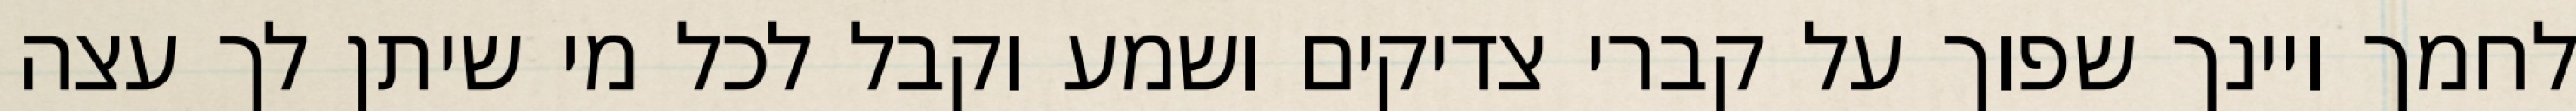
לחמך ויינך שפוך על קברי צדיקים ושמע וקבל לכל מי שיתן לך עצה